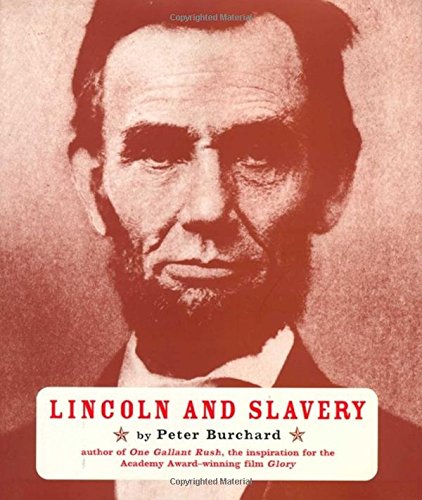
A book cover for Lincoln and Slavery; Peter Burchard; Teen & Young Adult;